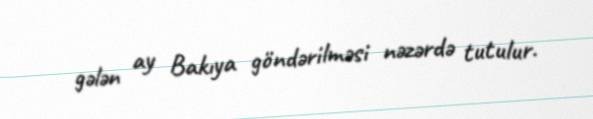
gələn ay Bakıya göndərilməsi nəzərdə tutulur.